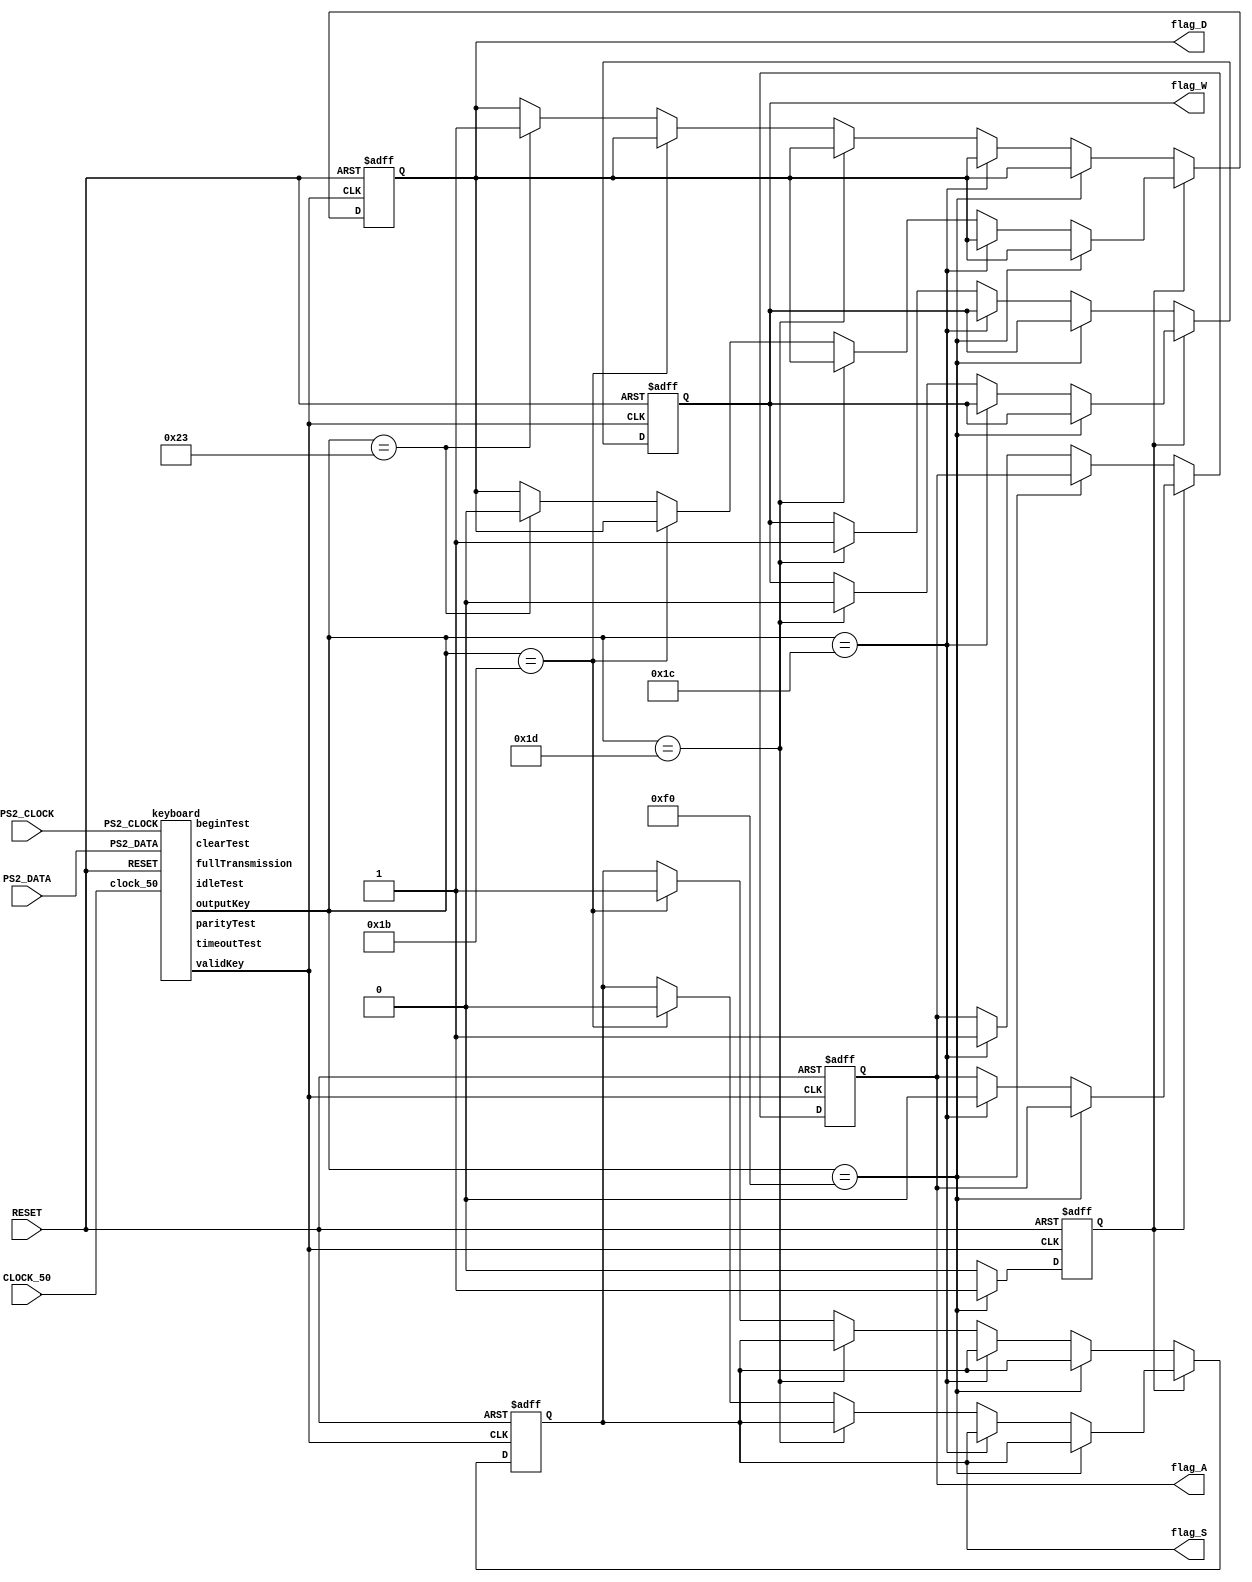
module keyboardWithFlags(
	input PS2_CLOCK,
	input PS2_DATA,
	input RESET,
	input CLOCK_50,
	output reg flag_W,
	output reg flag_A,
	output reg flag_S,
	output reg flag_D
	);
	
	reg isBreak;
	wire [7:0] keyPressed;
	wire begin_test;
	wire idle_test;
	wire clear_test;
	wire parity_test;
	wire output_test;
	wire timeoutTest;
	wire [10:0] fullTransmission;

	keyboard u3(
		.clock_50(CLOCK_50),
		.RESET(RESET),
		.PS2_DATA(PS2_DATA),
		.PS2_CLOCK(PS2_CLOCK),
		.validKey(output_test),
		.outputKey(keyPressed),
		.beginTest(begin_test),
		.idleTest(idle_test),
		.fullTransmission(fullTransmission),
		.parityTest(parity_test),
		.clearTest(clear_test),
		.timeoutTest(timeoutTest)
		
	);
		
	always@ (posedge RESET, posedge output_test)
	begin
		if(RESET == 1)
		begin
			flag_W = 1'b0;
			flag_A = 1'b0;
			flag_S = 1'b0;
			flag_D = 1'b0;
			isBreak = 1'b0;
		end 
		
		else
		begin
		
			if(isBreak == 1)
			begin
				//Check what outputReg corresponds to, turn off corresponding flag
				//turn off isBreak
				isBreak = 1'b0;
				
				// First condition is a precaui
				if (keyPressed == 8'hF0)
					isBreak = 1'b1;
				else if(keyPressed == 8'h1C)
					flag_A = 1'b0;
				else if(keyPressed == 8'h1D)
					flag_W = 1'b0;
				else if(keyPressed == 8'h1B)
					flag_S = 1'b0;
				else if(keyPressed == 8'h23)
					flag_D = 1'b0;
			end
			
			else if (keyPressed == 8'hF0)
				isBreak = 1'b1;
			else if(keyPressed == 8'h1C)
				flag_A = 1'b1;
			else if(keyPressed == 8'h1D)
				flag_W = 1'b1;
			else if(keyPressed == 8'h1B)
				flag_S = 1'b1;
			else if(keyPressed == 8'h23)
				flag_D = 1'b1;
		end		
	end
endmodule

module keyboard(
//	input [6:0] hex0,
//	input [6:0] hex1,
	input PS2_CLOCK,
	input PS2_DATA,
	input RESET,
	input clock_50,
	output validKey,
	output [7:0] outputKey,
	output idleTest,
	output beginTest,
	output parityTest,
	output clearTest,
	output timeoutTest,
	output [10:0] fullTransmission
	);
	
//	wire [7:0] outputKey;
	wire resetEnableSREG;
	wire [10:0] output_Wire_SREG;
	wire [7:0] characterFound;
	wire timeOutEn;
	assign fullTransmission = output_Wire_SREG;
	assign clearTest = resetEnableSREG;
	
	
	controlPath cpath(
		.reset(RESET),
		.lastBit(output_Wire_SREG[0]),
		.resetEnable(resetEnableSREG),
		.keyFound(validKey),
		.clock_50(clock_50),
		.idleTest(idleTest),
		.beginTest(beginTest),
		.full_data(output_Wire_SREG[10:0]),
		.parityTest(parityTest),
		.timeoutTest(timeoutTest),
		.timeOut(timeOutEn) 
	);
	
	leftShift u1(
		.clk(PS2_CLOCK),
		.Data(PS2_DATA),
		.reset(resetEnableSREG),
		.dataOut(output_Wire_SREG),
		.characterSeen(outputKey),
		.timeoutEn(timeOutEn)
	);
	

endmodule
	


module controlPath(
	input reset,
	input lastBit,
	input clock_50,
	input [10:0] full_data, 
	input timeOut,
	output reg resetEnable,
	output reg keyFound,
	output reg idleTest,
	output reg beginTest,
	output reg parityTest,
	output reg timeoutTest
	);
	
		 
	reg [2:0] current_state, next_state;
					
	localparam S_BEGIN = 3'd0,
				  S_IDLE = 3'd1,
				  S_TIMEOUT = 3'd2,
				  S_PARITY = 3'd3,
				  S_OUTPUT = 3'd4,
				  S_CLEAR = 3'd5;
				  
				  
		
		
	always@(*)
	begin: state_table
		case (current_state) 
			S_IDLE : next_state = (lastBit == 0)? S_PARITY : (timeOut? S_TIMEOUT : S_IDLE); 
			S_TIMEOUT : next_state = S_BEGIN;
			S_PARITY : next_state = (^full_data)? S_CLEAR : S_OUTPUT;
			S_OUTPUT : next_state = S_CLEAR; // Load key into a reg and clear reg for next key? REVISIT THIS ****
			S_CLEAR : next_state = S_BEGIN;// Go back to checking for last bit
		
		default : next_state = S_IDLE;
		
		endcase
	end //state_table
	
	
	
	always@(*) 
	begin: enable_signals
		
		resetEnable = 1'b0;
		keyFound = 1'b0;
		idleTest = 1'b0;
		beginTest = 1'b0;
		parityTest = 1'b0;
		timeoutTest = 1'b0;
	//Data signals from control path to datapath 
	
	case (current_state)
	
	  S_BEGIN : begin
		 resetEnable = 1'b1;
		 beginTest = 1'b1;
		 end
	
	  S_IDLE : begin
		 idleTest = 1'b1;
		 end
		
	  S_TIMEOUT : begin
		timeoutTest = 1'b1;
	   end
		
	  S_PARITY : begin
		 parityTest = 1'b1;
		 end 
		 
	  S_OUTPUT : begin
		 keyFound = 1'b1;
	  	 end
	  
	  S_CLEAR : begin
		 resetEnable = 1'b1;
		 end
		 
		default: resetEnable = 1'b1;
		
	  endcase
	end // enable_signals
	
	//curent_state registers
	always@(posedge clock_50)
	begin: state_FFS
		if(reset)
			current_state <= S_BEGIN;
		else current_state <= next_state;
	end //state_FFS
endmodule 



module leftShift(
	input clk,
	input Data,
	input reset,
	input clock_50,
	output reg [10:0] dataOut,
	output reg timeoutEn,
	output [7:0]  characterSeen
	);

	parameter timeOutTimer = 500000;				// 10 millisecond Rx timeout
	assign characterSeen = dataOut[8:1];
	reg [20:0] timeOutCounter;
	reg countEn;
	
	always @ (negedge clk, posedge reset)
	begin
		if(reset == 1)
			dataOut = 11'b11111111111;
		else begin
			dataOut = dataOut >> 1;
			dataOut[10] = Data;
		end
	end

	always @ (posedge clock_50, posedge reset)
	begin
		if(reset == 1)
		begin
			timeOutCounter = 21'd0;
			timeoutEn = 1'b0;
			countEn = 1'b0;
		end
		
		else 
		begin
			if(clk == 0)
				countEn = 1'b1;
				
			if(countEn == 1)
				timeOutCounter = timeOutCounter + 1;
			
			if(timeOutCounter == timeOutTimer - 1);
				timeoutEn = 1'b1;
		end
	end
	
endmodule